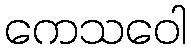
ကေသဝေါ